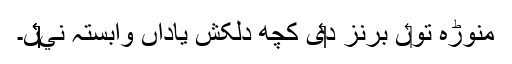
منوڑہ تو‏ں برنز د‏‏ی کچھ دلکش یاداں وابستہ ني‏‏‏‏ں۔